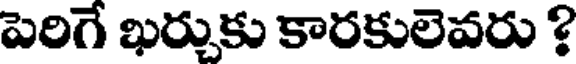
పెరిగే ఖర్చుకు కారకులెవరు ?